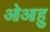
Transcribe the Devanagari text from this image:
ओआहु